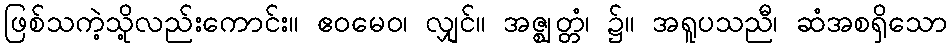
ဖြစ်သကဲ့သို့လည်းကောင်း။ ဧဝမေဝ၊ လျှင်။ အဇ္ဈတ္တံ၊ ၌။ အရူပသညီ၊ ဆံအစရှိသော